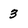
Character: 3